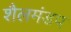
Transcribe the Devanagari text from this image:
शैलमंडप